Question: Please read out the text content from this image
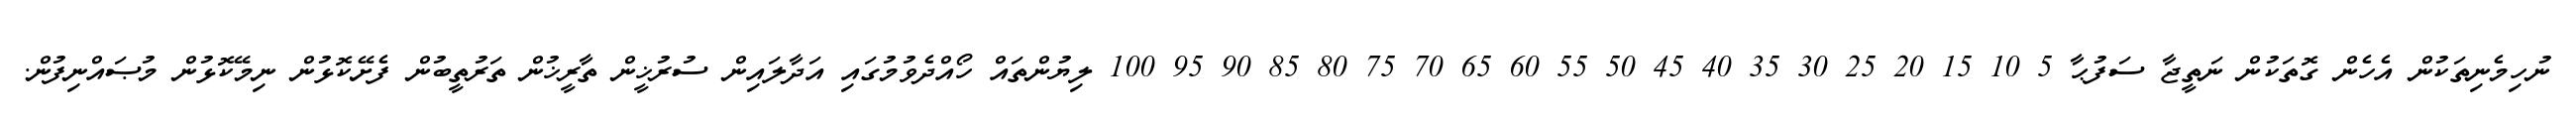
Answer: ނުހިމެނިތަކުން އެހެން ގޮތަކުން ނަތީޖާ ސަފުޙާ 5 10 15 20 25 30 35 40 45 50 55 60 65 70 75 80 85 90 95 100 ލިޔުންތައް ހޯއްދެވުމުގައި އަދާލައިން ސުރުޚީން ތާރީޚުން ތަރުތީބުން ފެށޭކޮޅުން ނިމޭކޮޅުން މުޞައްނިފުން.